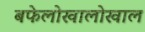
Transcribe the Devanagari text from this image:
बफेलोखालोखाल